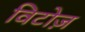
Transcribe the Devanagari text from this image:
विटोज़